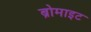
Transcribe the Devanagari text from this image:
ब्रोमाइट